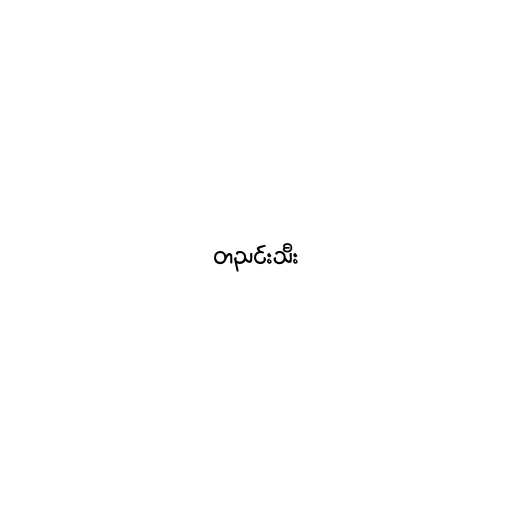
တညင်းသီး